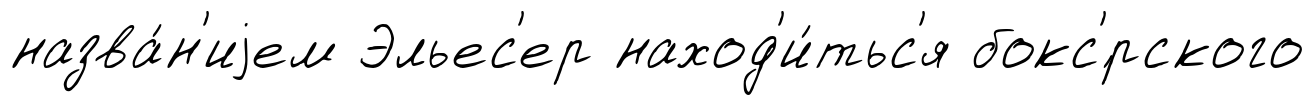
назва́н'иjем Эльес'ер наход'и́тьс'я бокс'́рского